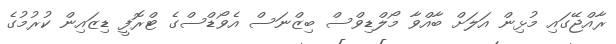
ރާއްޖޭގައި މުޅިން އަލަށް ބާއްވާ މޯލްޑިވްސް ބިޒްނަސް އެވޯޑްސްގެ ޓްރޮފީ ޑިޒައިން ކުރުމުގެ